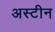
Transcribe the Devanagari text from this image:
अस्टीन